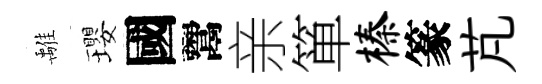
𩀌瓔國鬻亲箪榛篆芃